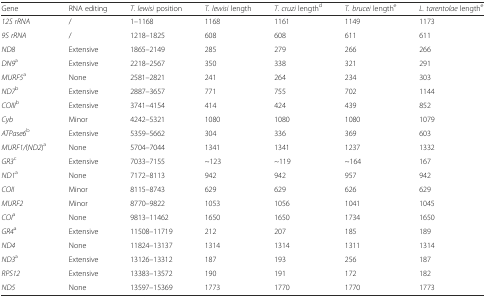
<table><thead><tr><td><b>Gene</b></td><td><b>RNA editing</b></td><td><b><i>T. lewisi</i> position</b></td><td><b><i>T. lewisi</i> length</b></td><td><b><i>T. cruzi</i> length<sup>d</sup></b></td><td><b><i>T. brucei</i> length<sup>e</sup></b></td><td><b><i>L. tarentolae</i> length<sup>e</sup></b></td></tr></thead><tbody><tr><td><i>12S rRNA</i></td><td>/</td><td>1–1168</td><td>1168</td><td>1161</td><td>1149</td><td>1173</td></tr><tr><td><i>9S rRNA</i></td><td>/</td><td>1218–1825</td><td>608</td><td>608</td><td>611</td><td>611</td></tr><tr><td><i>ND8</i></td><td>Extensive</td><td>1865–2149</td><td>285</td><td>279</td><td>266</td><td>266</td></tr><tr><td><i>DN9</i><sup>a</sup></td><td>Extensive</td><td>2218–2567</td><td>350</td><td>338</td><td>321</td><td>291</td></tr><tr><td><i>MURF5</i><sup>a</sup></td><td>None</td><td>2581–2821</td><td>241</td><td>264</td><td>234</td><td>303</td></tr><tr><td><i>ND7</i><sup>b</sup></td><td>Extensive</td><td>2887–3657</td><td>771</td><td>755</td><td>702</td><td>1144</td></tr><tr><td><i>COIII</i><sup>b</sup></td><td>Extensive</td><td>3741–4154</td><td>414</td><td>424</td><td>439</td><td>852</td></tr><tr><td><i>Cyb</i></td><td>Minor</td><td>4242–5321</td><td>1080</td><td>1080</td><td>1080</td><td>1079</td></tr><tr><td><i>ATPase6</i><sup>b</sup></td><td>Extensive</td><td>5359–5662</td><td>304</td><td>336</td><td>369</td><td>603</td></tr><tr><td><i>MURF1/</i>(<i>ND2</i>)<sup>a</sup></td><td>None</td><td>5704–7044</td><td>1341</td><td>1341</td><td>1237</td><td>1332</td></tr><tr><td><i>GR3</i><sup>c</sup></td><td>Extensive</td><td>7033–7155</td><td>~123</td><td>~119</td><td>~164</td><td>167</td></tr><tr><td><i>ND1</i><sup>a</sup></td><td>None</td><td>7172–8113</td><td>942</td><td>942</td><td>957</td><td>942</td></tr><tr><td><i>COII</i></td><td>Minor</td><td>8115–8743</td><td>629</td><td>629</td><td>626</td><td>629</td></tr><tr><td><i>MURF2</i></td><td>Minor</td><td>8770–9822</td><td>1053</td><td>1056</td><td>1041</td><td>1045</td></tr><tr><td><i>COI</i><sup>a</sup></td><td>None</td><td>9813–11462</td><td>1650</td><td>1650</td><td>1734</td><td>1650</td></tr><tr><td><i>GR4</i><sup>a</sup></td><td>Extensive</td><td>11508–11719</td><td>212</td><td>207</td><td>185</td><td>189</td></tr><tr><td><i>ND4</i></td><td>None</td><td>11824–13137</td><td>1314</td><td>1314</td><td>1311</td><td>1314</td></tr><tr><td><i>ND3</i><sup>a</sup></td><td>Extensive</td><td>13126–13312</td><td>187</td><td>193</td><td>256</td><td>187</td></tr><tr><td><i>RPS12</i></td><td>Extensive</td><td>13383–13572</td><td>190</td><td>191</td><td>172</td><td>182</td></tr><tr><td><i>ND5</i></td><td>None</td><td>13597–15369</td><td>1773</td><td>1770</td><td>1770</td><td>1773</td></tr></tbody></table>